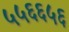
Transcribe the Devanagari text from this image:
५५६६५६